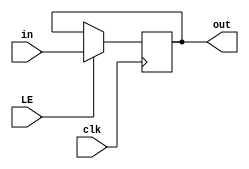

//-------------------- Register -----------------------------------


module Registers(output reg [31:0] out, input [31:0] in, input LE, clk); 
    always @ (posedge clk)
        if(LE) begin
            out <= in;
        end
    endmodule

// ---------------- Decoder ------------------------------------

module Decoder(output reg [31:0] E, input [4:0] select_reg, input Ld); 
    always @ (select_reg, Ld)
        if(Ld == 1) begin
            E <= 32'h00000000;
            case(select_reg)
                5'b00000: E[0] <= 1'b1;
                5'b00001: E[1] <= 1'b1;
                5'b00010: E[2] <= 1'b1;
                5'b00011: E[3] <= 1'b1;
                5'b00100: E[4] <= 1'b1;
                5'b00101: E[5] <= 1'b1;
                5'b00110: E[6] <= 1'b1;
                5'b00111: E[7] <= 1'b1;
                5'b01000: E[8] <= 1'b1;
                5'b01001: E[9] <= 1'b1;
                5'b01010: E[10] <= 1'b1;
                5'b01011: E[11] <= 1'b1;
                5'b01100: E[12] <= 1'b1;
                5'b01101: E[13] <= 1'b1;
                5'b01110: E[14] <= 1'b1;
                5'b01111: E[15] <= 1'b1;
                5'b10000: E[16] <= 1'b1;
                5'b10001: E[17] <= 1'b1;
                5'b10010: E[18] <= 1'b1;
                5'b10011: E[19] <= 1'b1;
                5'b10100: E[20] <= 1'b1;
                5'b10101: E[21] <= 1'b1;
                5'b10110: E[22] <= 1'b1;
                5'b10111: E[23] <= 1'b1;
                5'b11000: E[24] <= 1'b1;
                5'b11001: E[25] <= 1'b1;
                5'b11010: E[26] <= 1'b1;
                5'b11011: E[27] <= 1'b1;
                5'b11100: E[28] <= 1'b1;
                5'b11101: E[29] <= 1'b1;
                5'b11110: E[30] <= 1'b1;
                5'b11111: E[31] <= 1'b1;
            endcase
            end
        else 
            E <= 32'h00000000;
        

    endmodule

// ---------------- Multiplexer ------------------------------------

module Mux_32x32(output reg [31:0] data_out, 
                input [4:0] select_reg, 
                input [31:0] r0, r1, r2, r3, r4, r5, r6, r7, r8, r9, r10,
                r11, r12, r13, r14, r15, r16, r17, r18, r19, r20, r21, r22, 
                r23, r24, r25, r26, r27, r28, r29, r30, r31 ); 
    always @ (select_reg, r0, r1, r2, r3, r4, r5, r6, r7, r8, r9, r10,
                r11, r12, r13, r14, r15, r16, r17, r18, r19, r20, r21, r22, 
                r23, r24, r25, r26, r27, r28, r29, r30, r31)
        case(select_reg) 
            5'b00000: data_out <= r0;
            5'b00001: data_out <= r1;
            5'b00010: data_out <= r2;
            5'b00011: data_out <= r3;
            5'b00100: data_out <= r4;
            5'b00101: data_out <= r5;
            5'b00110: data_out <= r6;
            5'b00111: data_out <= r7;
            5'b01000: data_out <= r8;
            5'b01001: data_out <= r9;
            5'b01010: data_out <= r10;
            5'b01011: data_out <= r11;
            5'b01100: data_out <= r12;
            5'b01101: data_out <= r13;
            5'b01110: data_out <= r14;
            5'b01111: data_out <= r15;
            5'b10000: data_out <= r16;
            5'b10001: data_out <= r17;
            5'b10010: data_out <= r18;
            5'b10011: data_out <= r19;
            5'b10100: data_out <= r20;
            5'b10101: data_out <= r21;
            5'b10110: data_out <= r22;
            5'b10111: data_out <= r23;
            5'b11000: data_out <= r24;
            5'b11001: data_out <= r25;
            5'b11010: data_out <= r26;
            5'b11011: data_out <= r27;
            5'b11100: data_out <= r28;
            5'b11101: data_out <= r29;
            5'b11110: data_out <= r30;
            5'b11111: data_out <= r31;
        endcase
        
    endmodule

// ---------------- Register File ------------------------------------


module RegisterFile (output [31:0] data_mux_A, data_mux_B, 
                    input[31:0] data, 
                    input[4:0] select_reg_A, select_reg_B, write_reg, 
                    input Ld, Clk);

    wire [31:0] r0, r1, r2, r3, r4, r5, r6, r7, r8, r9, r10, r11, r12, r13, r14, 
                r15, r16, r17, r18, r19, r20, r21, r22, r23, r24, r25, r26, r27, 
                r28, r29, r30, r31;
    
    wire [31:0] dec_enable_reg;

    Decoder binary_decoder (dec_enable_reg, write_reg, Ld);

     Mux_32x32 mux_A (data_mux_A, select_reg_A, r0, r1, r2, r3, r4, r5, r6, r7, r8, r9, r10,
                r11, r12, r13, r14, r15, r16, r17, r18, r19, r20, r21, r22, 
                r23, r24, r25, r26, r27, r28, r29, r30, r31);
    
    Mux_32x32 mux_B (data_mux_B, select_reg_B, r0, r1, r2, r3, r4, r5, r6, r7, r8, r9, r10,
                r11, r12, r13, r14, r15, r16, r17, r18, r19, r20, r21, r22, 
                r23, r24, r25, r26, r27, r28, r29, r30, r31);

    Registers R0 (r0, 32'h00000000, Clk, Clk ); //hardcoded to have 0
    // Hacked the enable to match with the Clk so it always outputs 0.

    Registers R1 (r1, data, dec_enable_reg[1], Clk );
    Registers R2 (r2,  data, dec_enable_reg[2], Clk );
    Registers R3 (r3,  data, dec_enable_reg[3], Clk );
    Registers R4 (r4,  data, dec_enable_reg[4], Clk );
    Registers R5 (r5, data, dec_enable_reg[5], Clk );
    Registers R6 (r6, data, dec_enable_reg[6], Clk );
    Registers R7 (r7, data, dec_enable_reg[7], Clk );
    Registers R8 (r8, data, dec_enable_reg[8], Clk );
    Registers R9 (r9,  data, dec_enable_reg[9], Clk );
    Registers R10 (r10, data, dec_enable_reg[10], Clk );
    Registers R11 (r11, data, dec_enable_reg[11], Clk );
    Registers R12 (r12, data, dec_enable_reg[12], Clk );
    Registers R13 (r13, data, dec_enable_reg[13], Clk );
    Registers R14 (r14, data, dec_enable_reg[14], Clk );
    Registers R15 (r15, data, dec_enable_reg[15], Clk );
    Registers R16 (r16, data, dec_enable_reg[16], Clk );
    Registers R17 (r17, data, dec_enable_reg[17], Clk );
    Registers R18 (r18, data, dec_enable_reg[18], Clk );
    Registers R19 (r19, data, dec_enable_reg[19], Clk );
    Registers R20 (r20, data, dec_enable_reg[20], Clk );
    Registers R21 (r21, data, dec_enable_reg[21], Clk );
    Registers R22 (r22, data, dec_enable_reg[22], Clk );
    Registers R23 (r23, data, dec_enable_reg[23], Clk );
    Registers R24 (r24, data, dec_enable_reg[24], Clk );
    Registers R25 (r25, data, dec_enable_reg[25], Clk );
    Registers R26 (r26, data, dec_enable_reg[26], Clk );
    Registers R27 (r27, data, dec_enable_reg[27], Clk );
    Registers R28 (r28, data, dec_enable_reg[28], Clk );
    Registers R29 (r29, data, dec_enable_reg[29], Clk );
    Registers R30 (r30, data, dec_enable_reg[30], Clk );
    Registers R31 (r31, data, dec_enable_reg[31], Clk );
    
    // always @ (r3, r5)begin
    //   $display("\n                                 r3                        r5\n\t%b %b\n", r3, r5);
    // end
    endmodule

// ---------------- Modulo de Prueba ------------------------------------

// module test; 
//     wire [31:0] data_mux_A, data_mux_B;      // output from multiplexers
//     reg [31:0] data;                        // data to be written to a register
//     reg [4:0] select_reg_A, select_reg_B;    // select register on multiplexer A and B
//     reg [4:0] write_reg;                     // select which register to write data 
//     reg Ld;                                 // load to Decoder
//     reg Clk;                                 // clock for registers

//     RegisterFile regF (data_mux_A, data_mux_B,  data, select_reg_A, select_reg_B, write_reg, Ld, Clk);

//     initial #135 $finish;
//     initial begin
//         Clk = 1'b0;
//         Ld = 1'b1;
//         forever #1 Clk = ~Clk;
//     end
//     initial begin
//         write_reg = 5'b00000;   // selection of register to write, from decoder
//         repeat (64) #2 write_reg = write_reg + 5'b00001;  //changes register where to store data
//     end
//     initial begin
//         data = 32'd0;  // data to be stored in registers
//         repeat (64) #2 data = data + 32'd1;
//     end
//     initial fork
//         #129 $display ("|C|          |Data|      |A|          |out A|");
//         #129 write_reg = 5'd0; 
//         #129 data = 32'd15;
//         #129 select_reg_A = 5'd0;

//         join
//     initial begin
//         select_reg_A = 5'b00000; // select mux A
//         repeat (64) #2 select_reg_A = select_reg_A + 5'b00001;
//     end
//      initial begin
//         select_reg_B = 5'b00000;    //select mux B
//         repeat (64) #2 select_reg_B = select_reg_B + 5'b00001;
//     end

//     initial begin 
// 	// write to reg = seal (decoder) que indica a que registro se va a guardar la data
// 	// data = la data que se va a guardar en un registro
// 	// select_reg_mux_A / select_reg_mux_B = seal indica que registro se selecciona del multiplexer A o B, respectivamente
// 	// out_mux_A / out_mux_B = output del multiplexer correspondiente

//         $display (" C         data    select_reg_mux_A     A    select_reg_mux_B        B     Clk");  
//         $monitor (" %d    %d         %d     %d      %d         %d          %d    ",  write_reg, data, select_reg_A, data_mux_A, select_reg_B, data_mux_B, Clk);      
//     end 

// endmodule